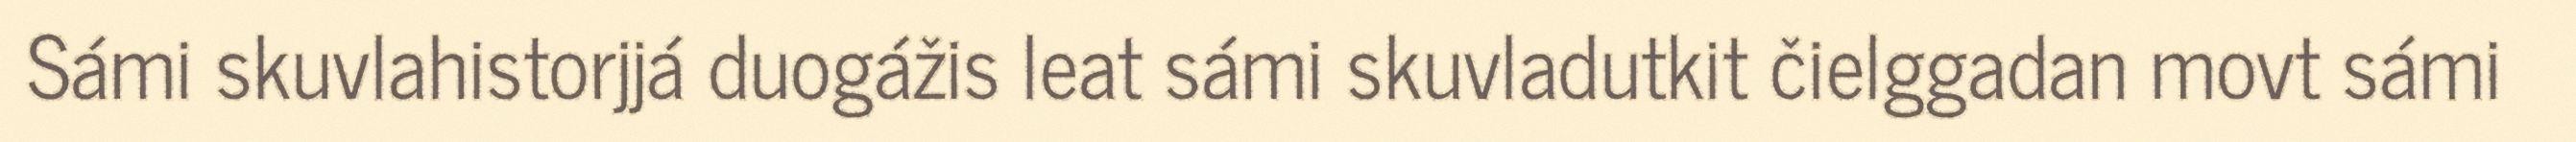
Sámi skuvlahistorjjá duogážis leat sámi skuvladutkit čielggadan movt sámi